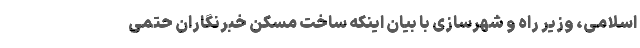
اسلامی، وزیر راه و شهرسازی با بیان اینکه ساخت مسکن خبرنگاران حتمی